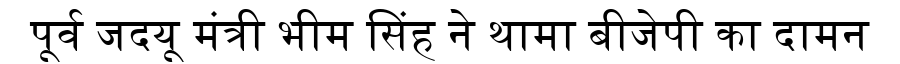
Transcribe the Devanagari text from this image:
पूर्व जदयू मंत्री भीम सिंह ने थामा बीजेपी का दामन